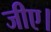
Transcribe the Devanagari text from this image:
जीए।